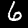
Label: 6